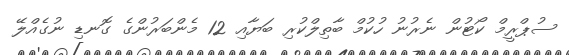
ސުޕްރީމް ކޯޓުން ނެރުނު ހުކުމް ބާތިލްކުރި ބަޔާއި 12 މެންބަރުންގެ ގޮނޑި ނުގެއްލޭ